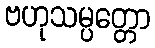
ဗဟုသမ္ပတ္တော